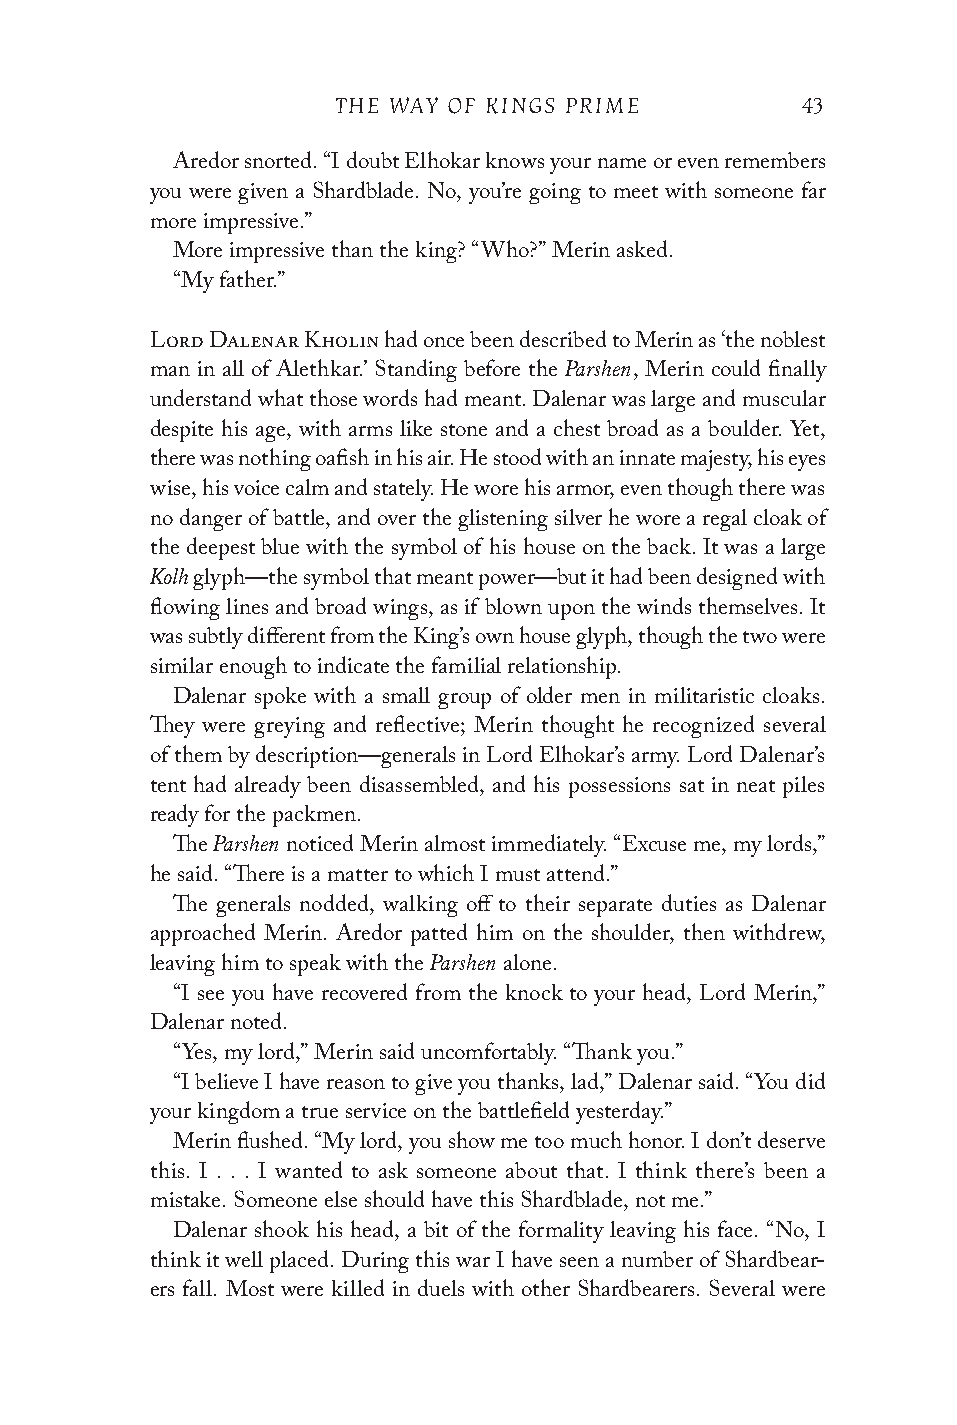
THE WAY OF KINGS PRIME         43
 Aredor snorted. “I doubt Elhokar knows your name or even remembers
 you were given a Shardblade. No, you’re going to meet with someone far
 more impressive.”
 More impressive than the king? “Who?” Merin asked.
 “My father.”
 Lord Dalenar Kholin had once been described to Merin as ‘the noblest
 Parshen
 man in all of Alethkar.’ Standing before the , Merin could finally
 understand what those words had meant. Dalenar was large and muscular
 despite his age, with arms like stone and a chest broad as a boulder. Yet,
 there was nothing oafish in his air. He stood with an innate majesty, his eyes
 wise, his voice calm and stately. He wore his armor, even though there was
 no danger of battle, and over the glistening silver he wore a regal cloak of
 the deepest blue with the symbol of his house on the back. It was a large
 Kolh
 glyph—the symbol that meant power—but it had been designed with
 flowing lines and broad wings, as if blown upon the winds themselves. It
 was subtly different from the King’s own house glyph, though the two were
 similar enough to indicate the familial relationship.
 Dalenar spoke with a small group of older men in militaristic cloaks.
 They were greying and reflective; Merin thought he recognized several
 of them by description—generals in Lord Elhokar’s army. Lord Dalenar’s
 tent had already been disassembled, and his possessions sat in neat piles
 ready for the packmen.
 Parshen
 The     noticed Merin almost immediately. “Excuse me, my lords,”
 he said. “There is a matter to which I must attend.”
 The generals nodded, walking off to their separate duties as Dalenar
 approached Merin. Aredor patted him on the shoulder, then withdrew,
 Parshen
 leaving him to speak with the alone.
 “I see you have recovered from the knock to your head, Lord Merin,”
 Dalenar noted.
 “Yes, my lord,” Merin said uncomfortably. “Thank you.”
 “I believe I have reason to give you thanks, lad,” Dalenar said. “You did
 your kingdom a true service on the battlefield yesterday.”
 Merin flushed. “My lord, you show me too much honor. I don’t deserve
 this. I . . . I wanted to ask someone about that. I think there’s been a
 mistake. Someone else should have this Shardblade, not me.”
 Dalenar shook his head, a bit of the formality leaving his face. “No, I
 think it well placed. During this war I have seen a number of Shardbear-
 ers fall. Most were killed in duels with other Shardbearers. Several were